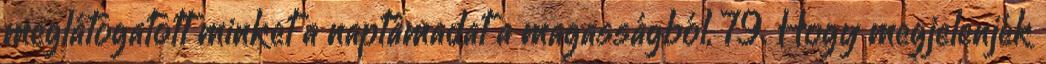
meglátogatott minket a naptámadat a magasságból, 79. Hogy megjelenjék